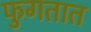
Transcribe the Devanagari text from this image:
फुगतात